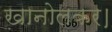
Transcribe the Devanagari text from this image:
खानोलकर।